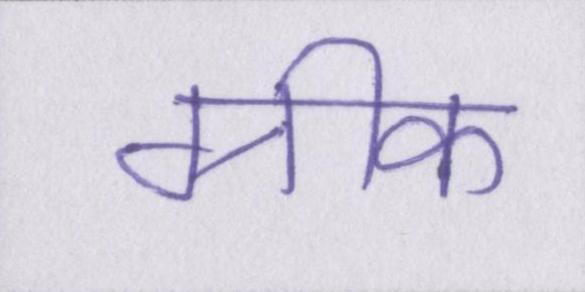
ग्रीक